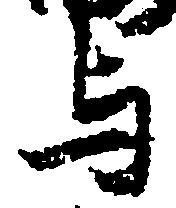
与